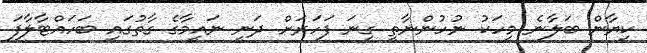
ކިޔާން ބަލާނެ މީހަކު ނުހުންނާތީ ގިނަ ފަހަރަށް ދަނީ ނައީމާގެ ގާތުގައި ބަހައްޓާލާފަ